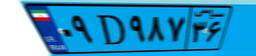
۳۱D۳۸۲۱۵